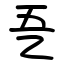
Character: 㐏